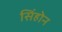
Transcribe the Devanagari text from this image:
सिंहोन